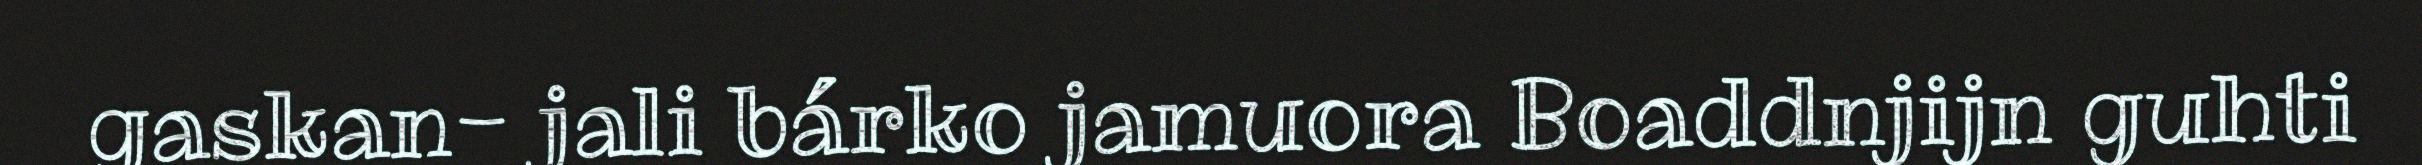
gaskan- jali bárko jamuora Boaddnjijn guhti